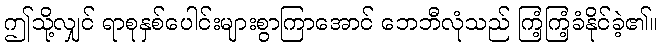
ဤသို့လျှင် ရာစုနှစ်ပေါင်းများစွာကြာအောင် ဘေဘီလုံသည် ကြံ့ကြံ့ခံနိုင်ခဲ့၏။